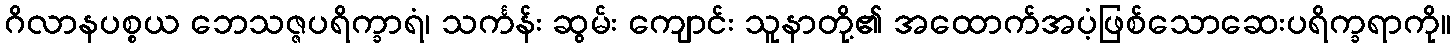
ဂိလာနပစ္စယ ဘေသဇ္ဇပရိက္ခာရံ၊ သင်္ကန်း ဆွမ်း ကျောင်း သူနာတို့၏ အထောက်အပံ့ဖြစ်သောဆေးပရိက္ခရာကို။